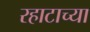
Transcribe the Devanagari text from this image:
रहाटाच्या